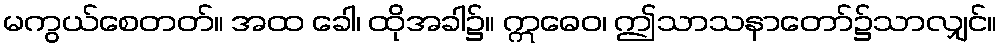
မကွယ်စေတတ်။ အထ ခေါ၊ ထိုအခါ၌။ ဣဓေဝ၊ ဤသာသနာတော်၌သာလျှင်။